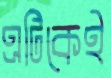
এটিকেই